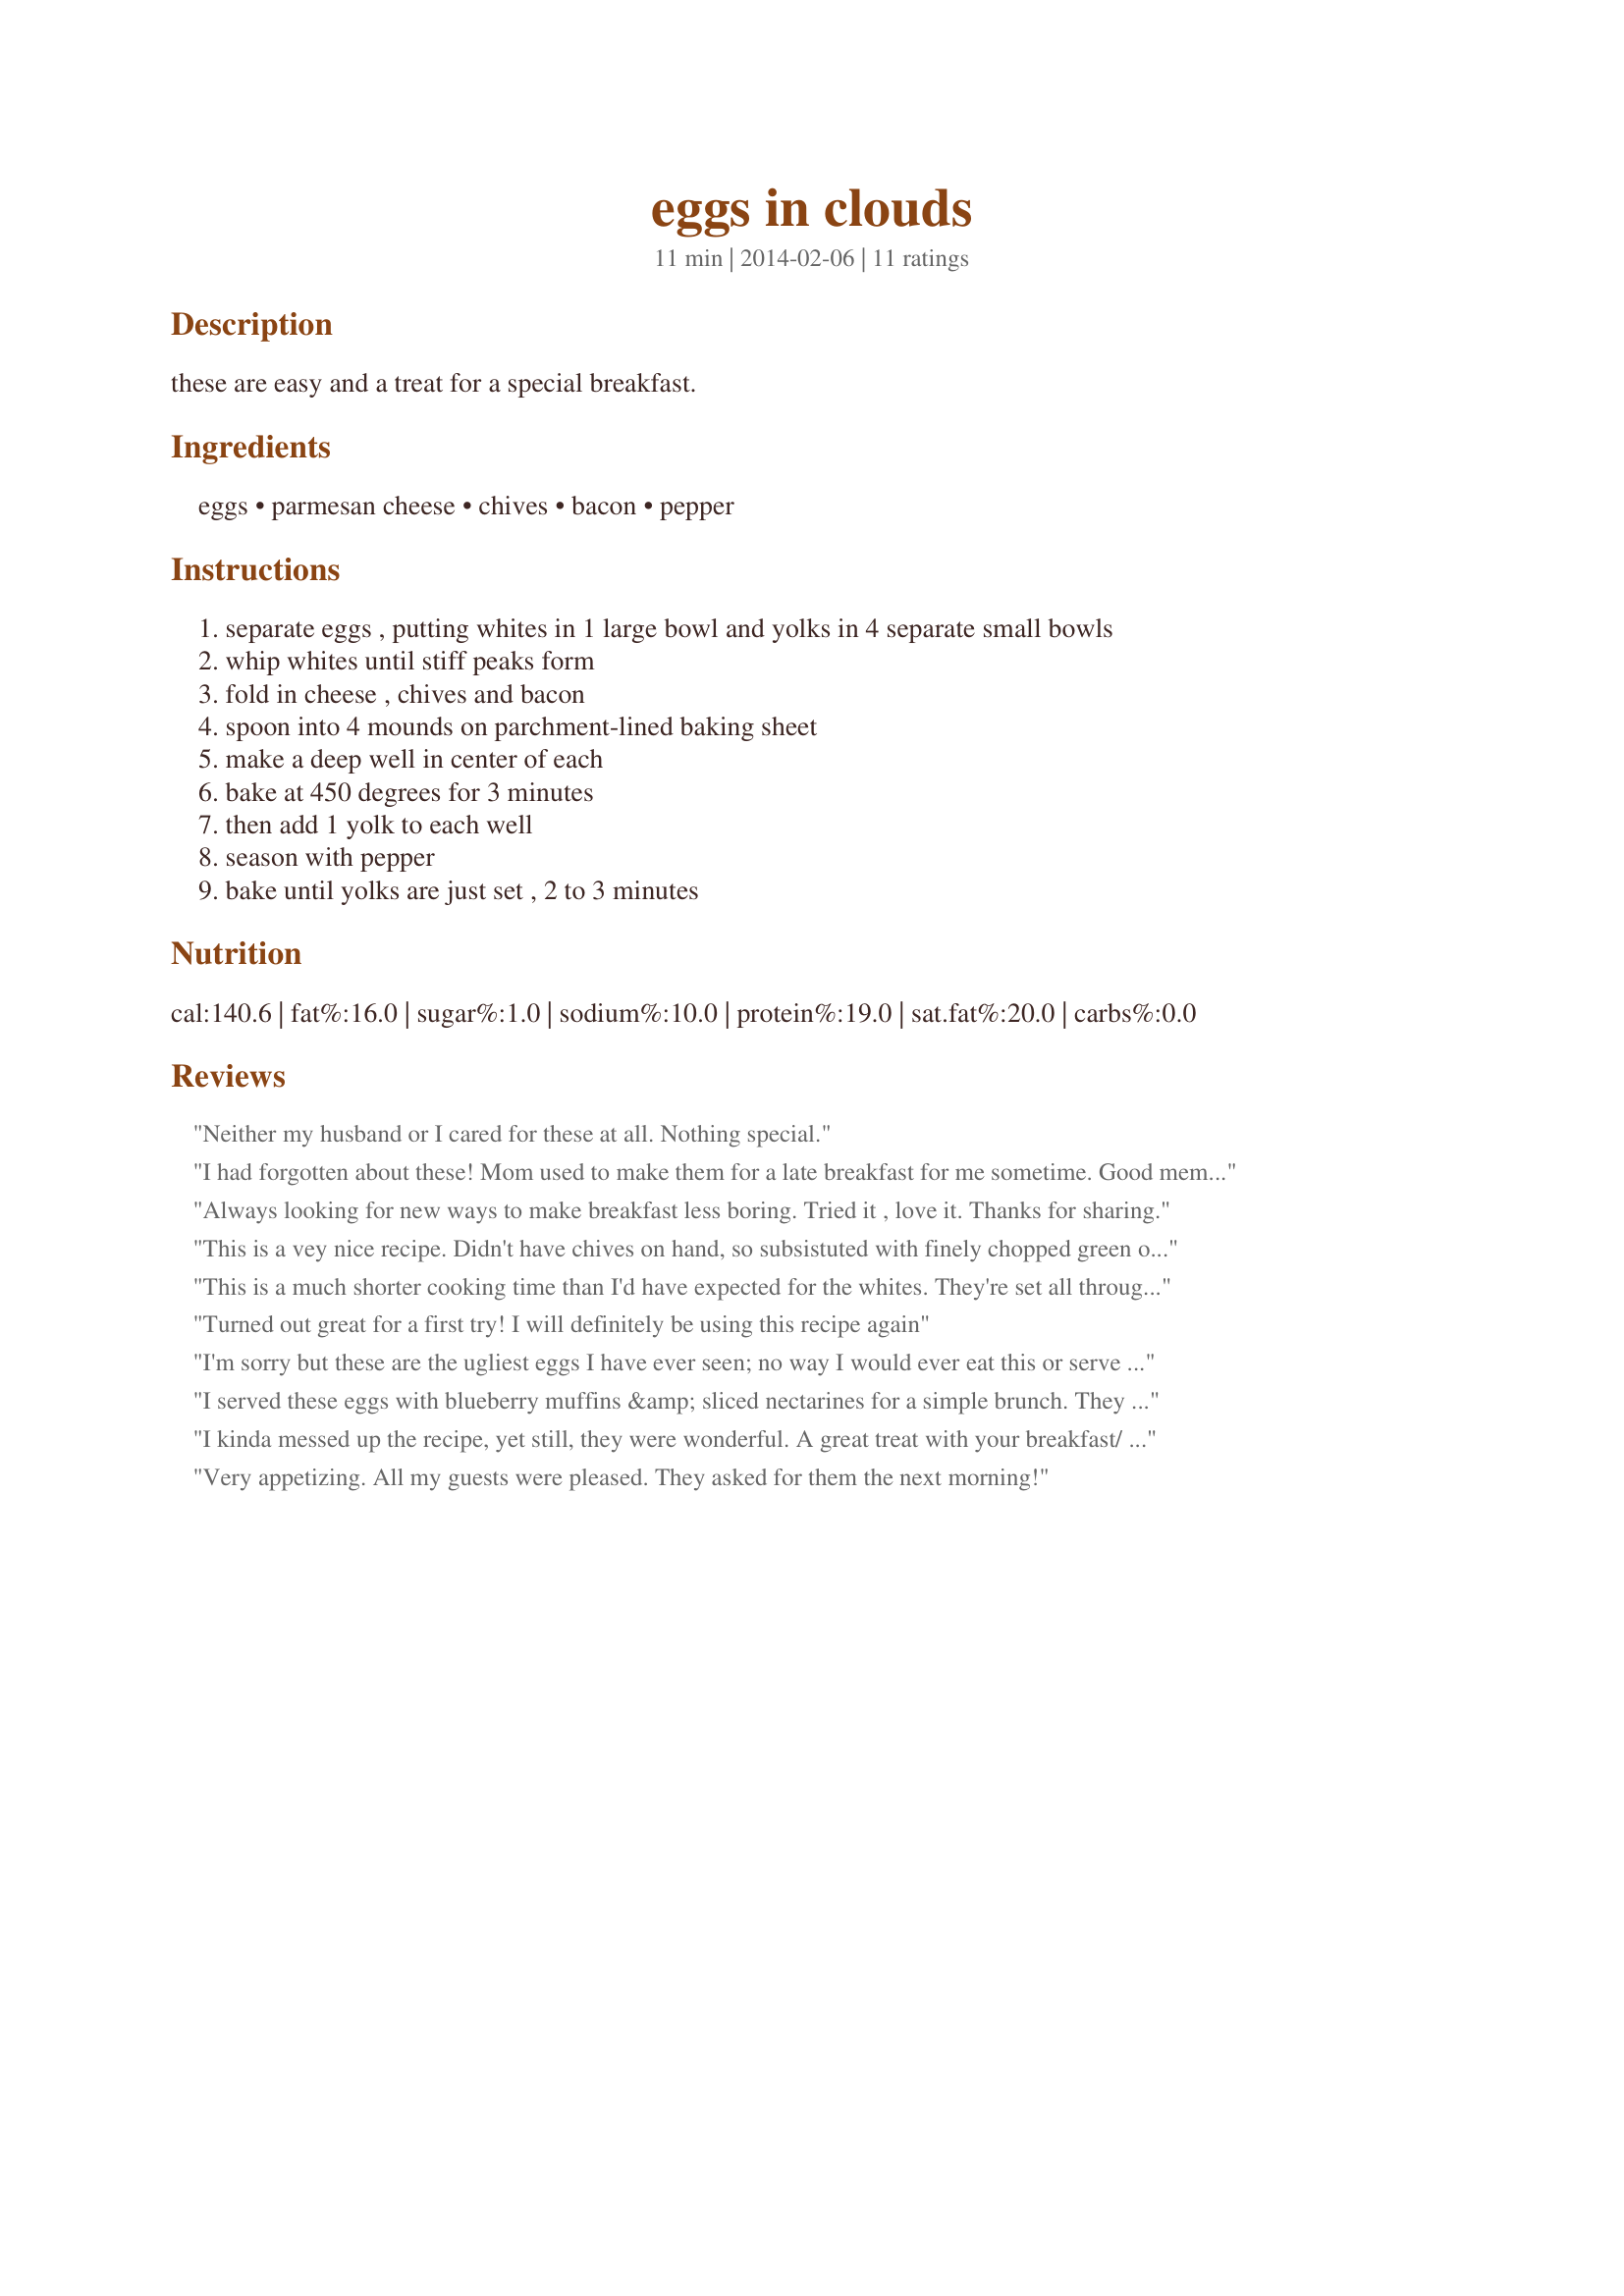
eggs in clouds
Preparation time: 11 minutes

these are easy and a treat for a special breakfast.

Ingredients:
eggs, parmesan cheese, chives, bacon, pepper

Steps:
separate eggs , putting whites in 1 large bowl and yolks in 4 separate small bowls
whip whites until stiff peaks form
fold in cheese , chives and bacon
spoon into 4 mounds on parchment-lined baking sheet
make a deep well in center of each
bake at 450 degrees for 3 minutes
then add 1 yolk to each well
season with pepper
bake until yolks are just set , 2 to 3 minutes

Reviews:
Neither my husband or I cared for these at all. Nothing special.
I had forgotten about these! Mom used to make them for a late breakfast for me sometime. Good memories.
Always looking for new ways to make breakfast less boring. Tried it , love it. Thanks for sharing.
This is a vey nice recipe. Didn't have chives on hand, so subsistuted with finely chopped green onions. Came out great and looked exactly like the photos posted with the recipe. Will certainly make again and thank you for posting it.
This is a much shorter cooking time than I'd have expected for the whites. They're set all through so quickly?
Turned out great for a first try! I will definitely be using this recipe again
I'm sorry but these are the ugliest eggs I have ever seen; no way I would ever eat this or serve it to my family. And I'm a foodie, I love to try different things but this is a no-no.
I served these eggs with blueberry muffins &amp; sliced nectarines for a simple brunch. They were delicious! The presentation is quite elegant, making this a good choice for entertaining. It is easier to make than you would think, especially if you have a stand mixer. Most of the work can be done in advance with just the quick baking at the last minute. I couldn't find chives, so left that out. Otherwise, I prepared as directed. I will definitely be making these again (and again).
I kinda messed up the recipe, yet still, they were wonderful. A great treat with your breakfast/ brunch.
Very appetizing. All my guests were pleased. They asked for them the next morning!
I have been making these lovely cloud eggs for the guests at my bed and breakfast for almost a year. Very easy to make, delicious to eat, and a beautiful presentation.
